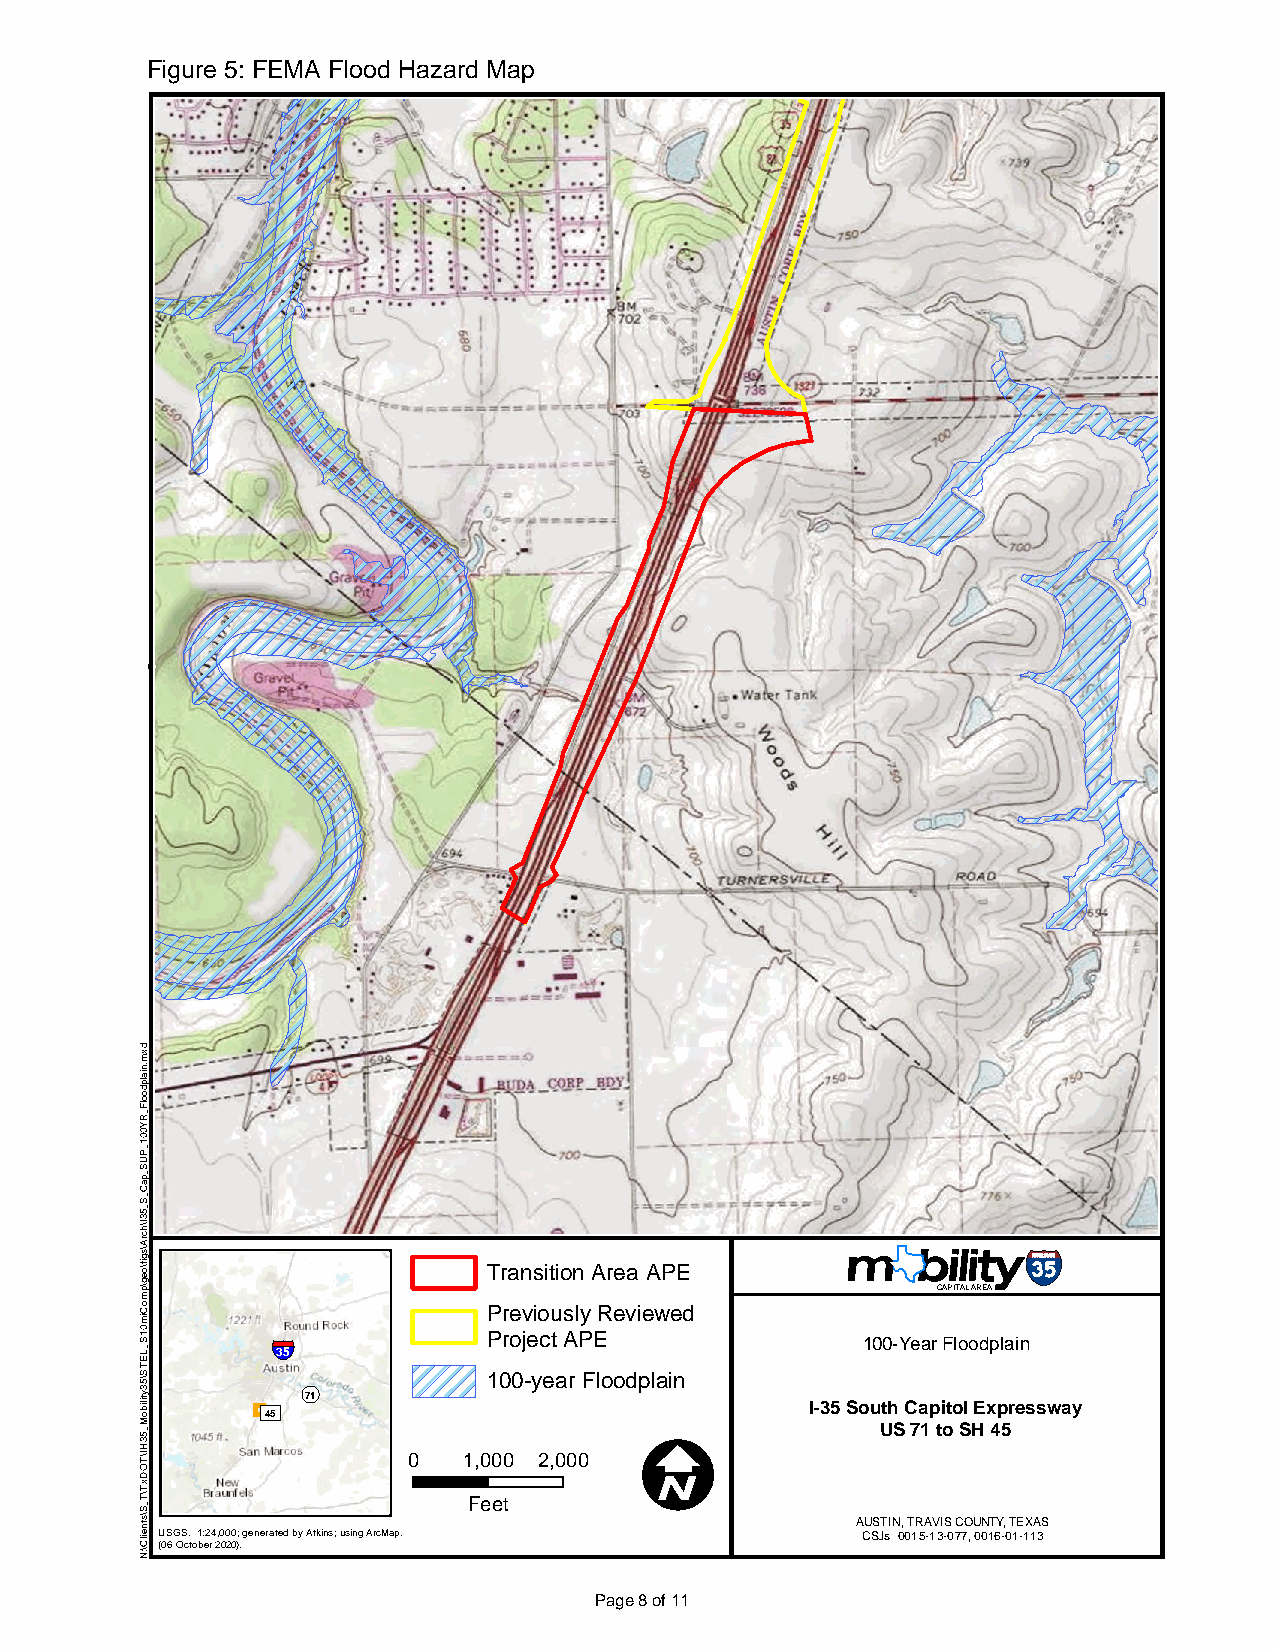
Figure 5: FEMA Flood Hazard Map
 Transiti on Area APE
 CAPITAL AREA
 Previously Reviewed
 §¨¦           Project APE              100-Year Floodplain
 35
 100-year Floodplain
 ¬«
 71
 ³                                    I-35 South Capitol Expressway
 45
 I              US 71 to SH 45
 0   1,000 2,000
 Feet
 AUSTIN, TRAVIS COUNTY, TEXAS
 USGS. 1:24,000; generated by Atkins; using ArcMap. CSJs 0015-13-077, 0016-01-113
 (06 October 2020).
 Page8 of 11
 dxm.nialpdoolF_RY001_PUS_paC_S_53I\hcrA\sgif\oeg\pmoCim01S_LETS\53ytiliboM_53HI\TODxT\T_S\stneilC\:N
 ±